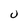
Character: U